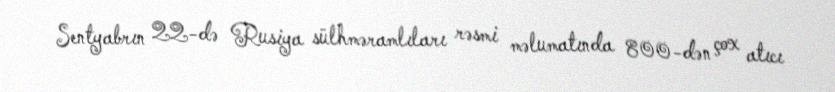
Sentyabrın 22-də Rusiya sülhməramlıları rəsmi məlumatında 800-dən çox atıcı